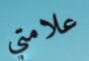
علامتي